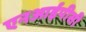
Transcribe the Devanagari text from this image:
एनआईपीसी